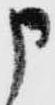
申